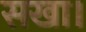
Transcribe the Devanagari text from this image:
सखा।